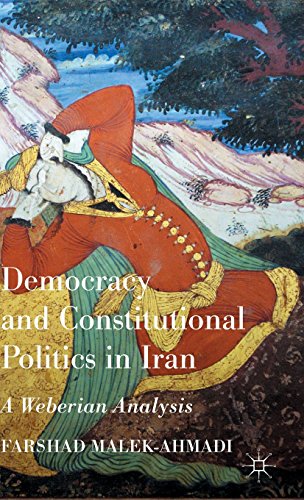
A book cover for Democracy and Constitutional Politics in Iran: A Weberian Analysis; Farshad Malek-Ahmadi; Religion & Spirituality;